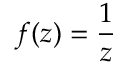
f ( z ) = { \frac { 1 } { z } }